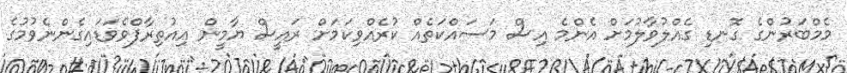
މެމްބަރުންގެ ގޮނޑި ގެއްލުވާލުމަށް އެންމެ އިސް މަސައްކަތެއް ކުރެއްވިކަމަށް ރައީސް ޔާމީން އިއުތިރާފްވެވަޑައިގެންނެވުމުގެ